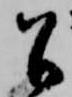
召